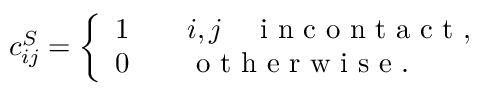
\begin{array} { r } { c _ { i j } ^ { S } = \left\{ \begin{array} { l l } { 1 \qquad i , j \quad \mathrm { ~ i ~ n ~ c ~ o ~ n ~ t ~ a ~ c ~ t ~ } , } \\ { 0 \qquad \mathrm { ~ o ~ t ~ h ~ e ~ r ~ w ~ i ~ s ~ e ~ } . } \end{array} \right. } \end{array}